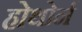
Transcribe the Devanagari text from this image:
होथोर्न